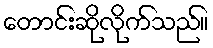
တောင်းဆိုလိုက်သည်။